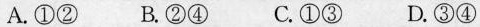
A.①② B.②④ C.①③ D.③④